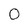
Character: 0